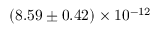
( 8 . 5 9 \pm 0 . 4 2 ) \times 1 0 ^ { - 1 2 }